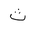
Letter: _tha